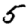
Digit: 5